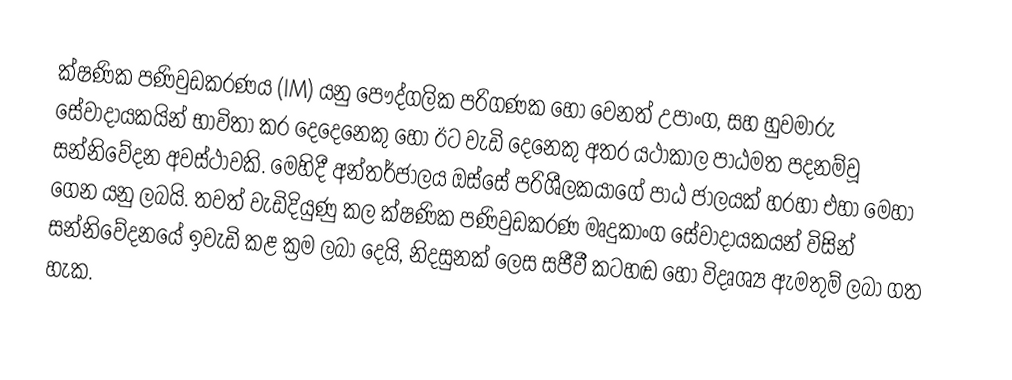
ක්ෂණික පණිවුඩකරණය (IM) යනු පෞද්ගලික පරිගණක හෝ වෙනත් උපාංග, සහ හුවමාරු සේවාදායකයින් භාවිතා කර දෙදෙනෙකු හෝ ඊට වැඩි දෙනෙකු අතර යථාකාල පාඨමත පදනම්වූ සන්නිවේදන අවස්ථාවකි. මෙහිදී අන්තර්ජාලය ඔස්සේ පරිශීලකයාගේ පාඨ ජාලයක් හරහා එහා මෙහා ගෙන යනු ලබයි. තවත් වැඩිදියුණු කල ක්ෂණික පණිවුඩකරණ මෘදුකාංග සේවාදායකයන් විසින් සන්නිවේදනයේ ඉවැඩි කළ ක්‍රම ලබා දෙයි, නිදසුනක් ලෙස සජීවී කටහඬ හෝ විදෘශ්‍ය ඇමතුම් ලබා ගත හැක.